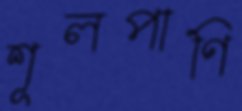
শূলপাণি